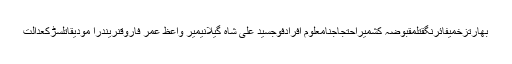
بھارتزخمیفائرنگقتلمقبوضہ کشمیراحتجاجنامعلوم افرادفوجسید علی شاہ گیلانیمیر واعظ عمر فاروقنریندرا مودیقاتلسڑکعدالت